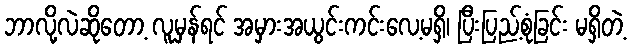
ဘာလို့လဲဆိုတော့ လူမှန်ရင် အမှားအယွင်းကင်းလေ့မရှိ၊ ပြီးပြည့်စုံခြင်း မရှိတဲ့